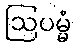
ဩပမ္မံ